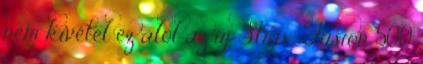
nem kivétel ez alól az új Strix Fusion 500